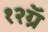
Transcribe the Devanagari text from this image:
१२ग्रॅ